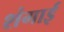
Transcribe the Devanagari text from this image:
शंगाई